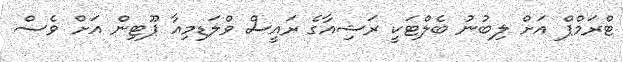
ޓްރަމްޕް އަށް ލިބުނު ބެލްޓަކީ ރަޝިއާގެ ރައީސް ވްލަޑިމިއާ ޕޫޓިން އަށް ވެސް